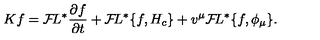
K f = { \cal F } \! L ^ { * } { \frac { \partial f } { \partial t } } + { \cal F } \! L ^ { * } \{ f , H _ { c } \} + v ^ { \mu } { \cal F } \! L ^ { * } \{ f , \phi _ { \mu } \} . \,